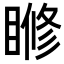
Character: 𥈌